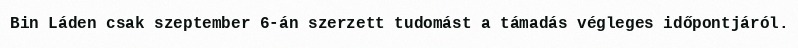
Bin Láden csak szeptember 6-án szerzett tudomást a támadás végleges időpontjáról.